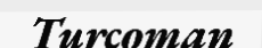
Turcoman